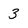
Character: 3